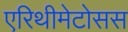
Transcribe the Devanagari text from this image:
एरिथीमेटोसस